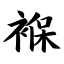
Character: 褓